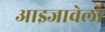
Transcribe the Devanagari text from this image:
आइजावेला